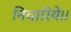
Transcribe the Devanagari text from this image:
निवारिये।।